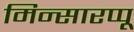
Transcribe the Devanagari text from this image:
मिन्सारप्पू